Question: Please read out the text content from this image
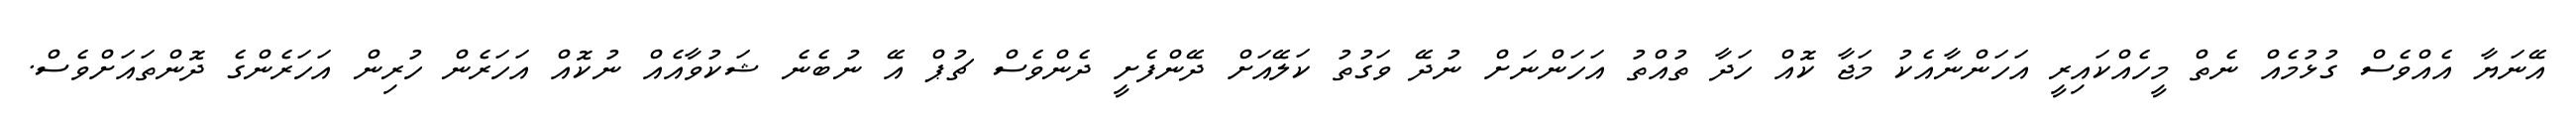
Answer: އޭނަޔާ އެއްވެސް ގުޅުމެއް ނެތް މީހެއްކައިރީ އަހަންނާއެކު މަޖާ ކޮއް ހަދާ ތުއްތު އަހަންނަށް ނުދޭ ވަގުތު ކަލޭއަށް ދޭންފެށީ ދެންވެސް ޗުޕް އޭ ނުބެނެ ޝަކުވާއެއް ނުކޮއް އަހަރެން ހުރިން އަހަރެންގެ ދޮންތައަށްވެސް.